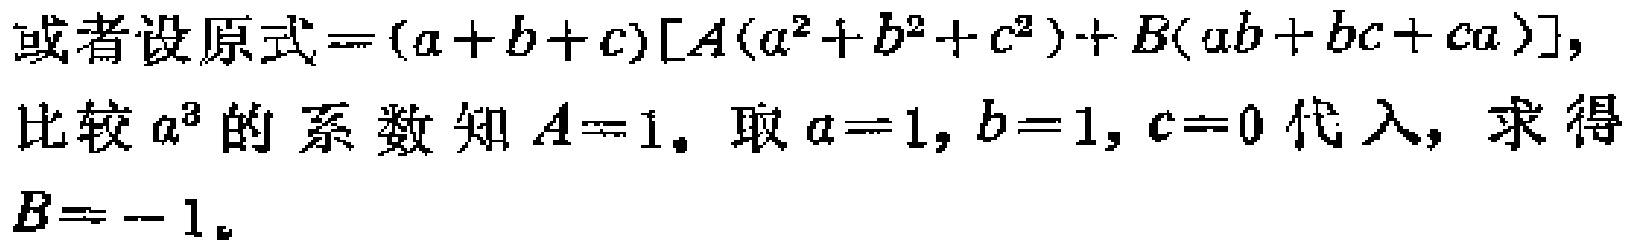
或者设原式\(=(a + b + c)[A(a^{2}+b^{2}+c^{2})+B(ab + bc + ca)]\)，比较\(a^{3}\)的系数知\(A = 1\)。取\(a = 1, b = 1, c = 0\)代入，求得\(B=-1\)。